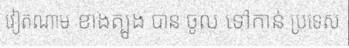
វៀតណាម ខាងត្បូង បាន ចូល ទៅកាន់ ប្រទេស